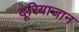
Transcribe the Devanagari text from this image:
दूरियाजान